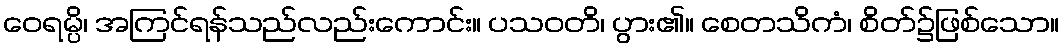
ဝေရမ္ပိ၊ အကြင်ရန်သည်လည်းကောင်း။ ပသဝတိ၊ ပွား၏။ စေတသိကံ၊ စိတ်၌ဖြစ်သော။